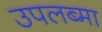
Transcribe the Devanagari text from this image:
उपलब्मा